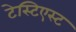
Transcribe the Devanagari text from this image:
टेस्टिएस्ट